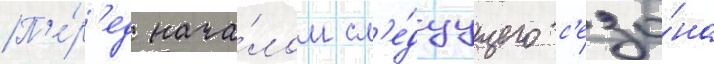
П'е́р'ед нача́лом сл'е́дуущего с'езо́на